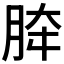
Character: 𰮟